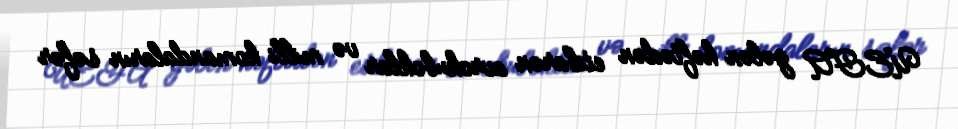
UEFA gələn həftədən etibarən avrokuboklar və milli komandaların səfər